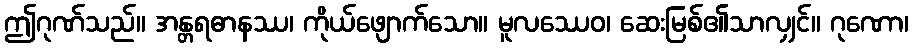
ဤဂုဏ်သည်။ အန္တရဓာနဿ၊ ကိုယ်ဖျောက်သော။ မူလဿေဝ၊ ဆေးမြစ်၏သာလျှင်။ ဂုဏော၊